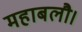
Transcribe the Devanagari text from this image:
महाबलौ।